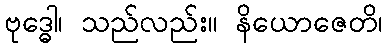
ဗုဒ္ဓေါ၊ သည်လည်း။ နိယောဇေတိ၊